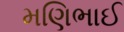
મણિભાઈ